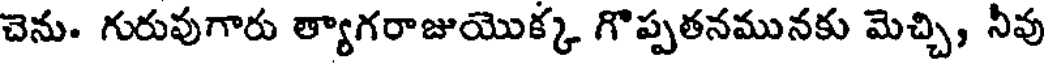
చెను. గురువుగారు త్యాగరాజుయొక్క గొప్పతనమునకు మెచ్చి, నీవు